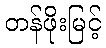
တန်ဖိုးမြင့်